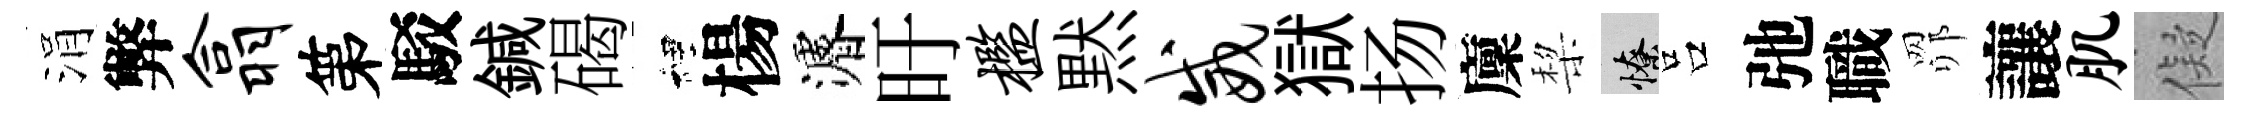
涓弊翕第駁鍼碣裡楊濬旴槛黙威獄扬廩棃憭吕弛職𦊑讓肌儗